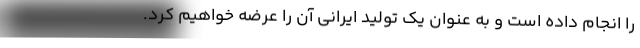
را انجام داده است و به عنوان یک تولید ایرانی آن را عرضه خواهیم کرد.